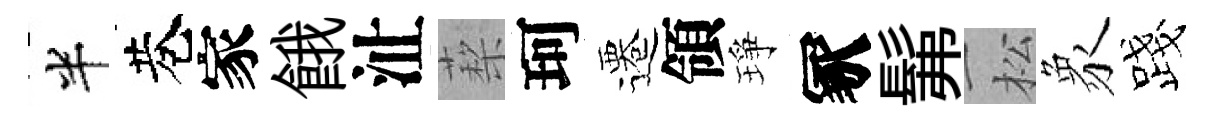
半巷家餓沚蔾珂遷領琤冢髴松象露